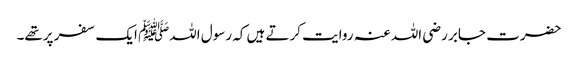
حضرت جابر رضی اللہ عنہ روایت کرتے ہیں کہ رسول اللہﷺ ایک سفر پرتھے۔